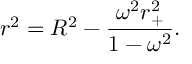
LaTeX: r ^ { 2 } = R ^ { 2 } - \frac { \omega ^ { 2 } r _ { + } ^ { 2 } } { 1 - \omega ^ { 2 } } .